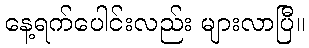
နေ့ရက်ပေါင်းလည်း များလာပြီ။